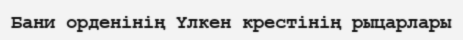
Бани орденінің Үлкен крестінің рыцарлары